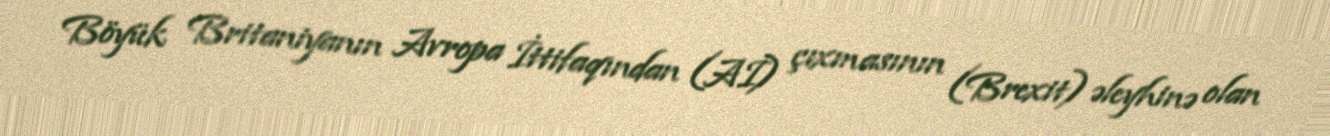
Böyük Britaniyanın Avropa İttifaqından (Aİ) çıxmasının (Brexit) əleyhinə olan